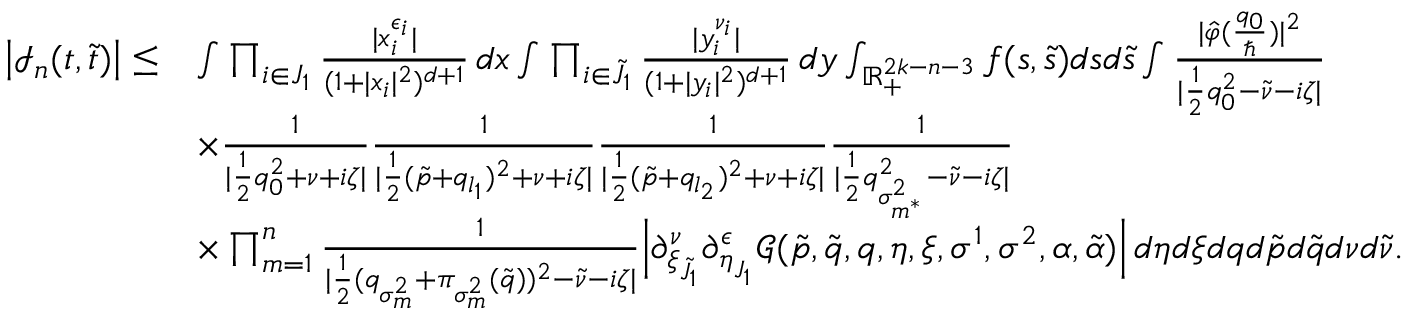
\begin{array} { r l } { \big | \mathcal { I } _ { n } ( \boldsymbol { t } , \boldsymbol { \tilde { t } } ) \big | \leq } & { \int \prod _ { i \in J _ { 1 } } \frac { | x _ { i } ^ { \epsilon _ { i } } | } { ( 1 + | x _ { i } | ^ { 2 } ) ^ { d + 1 } } \, d \boldsymbol { x } \int \prod _ { i \in \tilde { J } _ { 1 } } \frac { | y _ { i } ^ { \nu _ { i } } | } { ( 1 + | y _ { i } | ^ { 2 } ) ^ { d + 1 } } \, d \boldsymbol { y } \int _ { \mathbb { R } _ { + } ^ { 2 k - n - 3 } } f ( \boldsymbol { s } , \boldsymbol { \tilde { s } } ) d \boldsymbol { s } d \boldsymbol { \tilde { s } } \int \frac { | \hat { \varphi } ( \frac { q _ { 0 } } { \hbar } ) | ^ { 2 } } { | \frac { 1 } { 2 } q _ { 0 } ^ { 2 } - \tilde { \nu } - i \zeta | } } \\ & { \times \frac { 1 } { | \frac { 1 } { 2 } q _ { 0 } ^ { 2 } + \nu + i \zeta | } \frac { 1 } { | \frac { 1 } { 2 } ( \tilde { p } + q _ { l _ { 1 } } ) ^ { 2 } + \nu + i \zeta | } \frac { 1 } { | \frac { 1 } { 2 } ( \tilde { p } + q _ { l _ { 2 } } ) ^ { 2 } + \nu + i \zeta | } \frac { 1 } { | \frac { 1 } { 2 } q _ { \sigma _ { m ^ { * } } ^ { 2 } } ^ { 2 } - \tilde { \nu } - i \zeta | } } \\ & { \times \prod _ { m = 1 } ^ { n } \frac { 1 } { | \frac { 1 } { 2 } ( q _ { \sigma _ { m } ^ { 2 } } + \pi _ { \sigma _ { m } ^ { 2 } } ( \tilde { q } ) ) ^ { 2 } - \tilde { \nu } - i \zeta | } \Big | \partial _ { \boldsymbol { \xi } _ { \tilde { J } _ { 1 } } } ^ { \boldsymbol { \nu } } \partial _ { \boldsymbol { \eta } _ { J _ { 1 } } } ^ { \boldsymbol { \epsilon } } \mathcal { G } ( \tilde { p } , \tilde { q } , \boldsymbol { q } , \boldsymbol { \eta } , \boldsymbol { \xi } , \sigma ^ { 1 } , \sigma ^ { 2 } , \alpha , \tilde { \alpha } ) \Big | \, d \boldsymbol { \eta } d \boldsymbol { \xi } d \boldsymbol { q } d \tilde { p } d \tilde { q } d \nu d \tilde { \nu } . } \end{array}